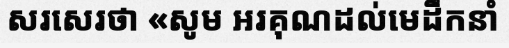
សរសេរថា «សូម អរគុណដល់មេដឹកនាំ